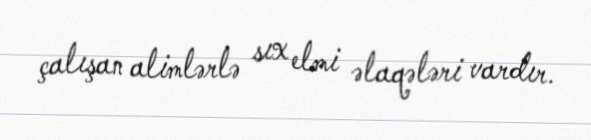
çalışan alimlərlə sıx elmi əlaqələri vardır.